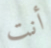
أنت